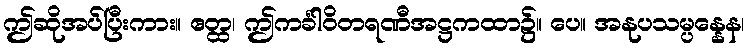
ဤဆိုအပ်ပြီးကား။ ဧတ္ထ၊ ဤကင်္ခါဝိတရဏီအဋ္ဌကထာ၌။ ပေ။ အနုပသမ္ပန္နေန၊